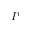
I ^ { r }